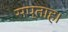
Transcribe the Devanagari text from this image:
सप्ताह।